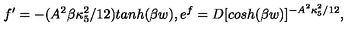
f ^ { \prime } = - ( A ^ { 2 } \beta \kappa _ { 5 } ^ { 2 } / 1 2 ) t a n h ( \beta w ) , e ^ { f } = D [ c o s h ( \beta w ) ] ^ { - A ^ { 2 } \kappa _ { 5 } ^ { 2 } / 1 2 } ,